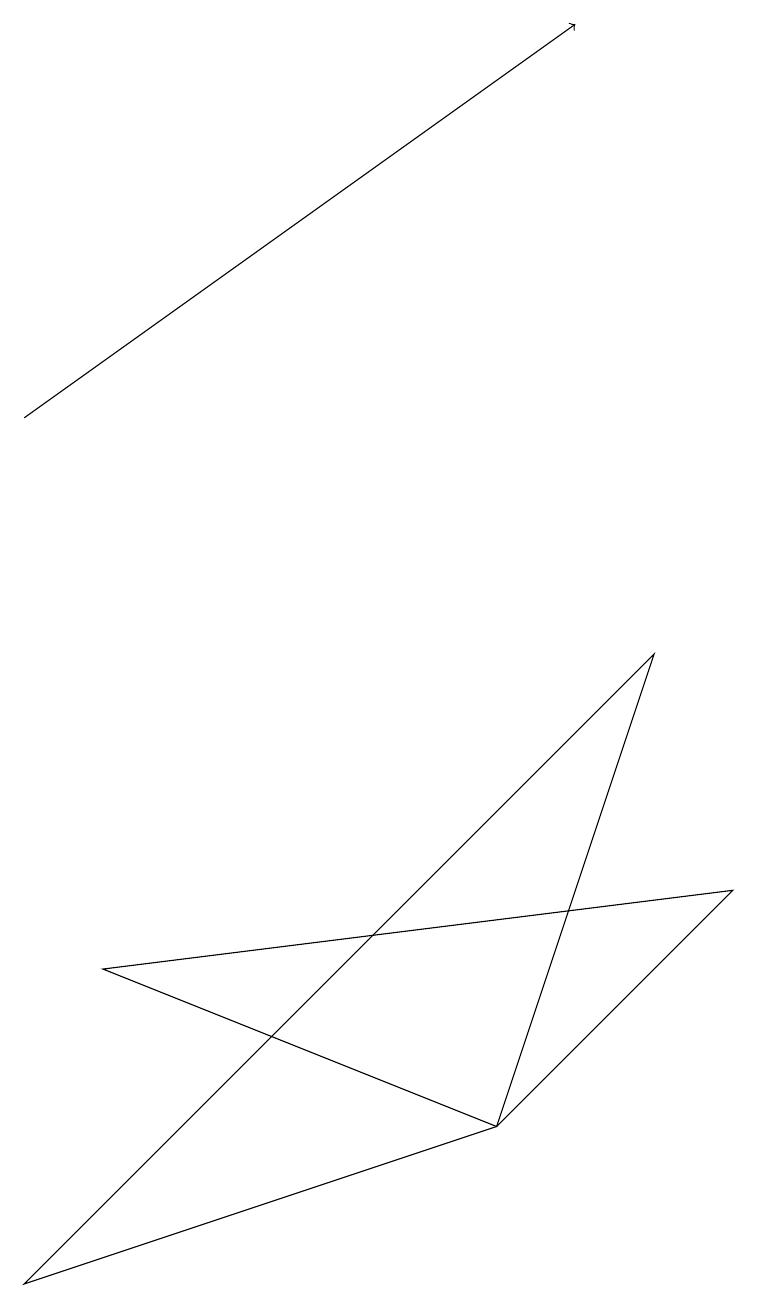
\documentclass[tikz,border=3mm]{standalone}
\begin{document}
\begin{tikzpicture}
\draw (6,2) -- (0,0) -- (8,8) -- cycle;
\draw (6,2) -- (1,4) -- (9,5) -- cycle;
\draw[->] (0,11) -- (7,16);
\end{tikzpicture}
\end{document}